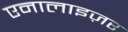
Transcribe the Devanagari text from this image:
एनालाइज़र